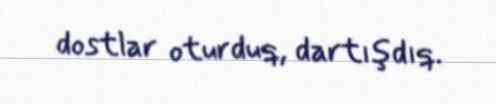
dostlar oturduq, dartışdıq.